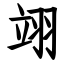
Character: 翊